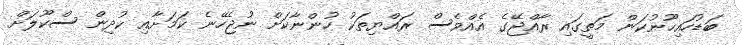
ބަޑުހައިހޫނުކަން މަތީގައި ރާއްޖޭގެ އެއްވެސް ރައްޔިތަކު ހުންނާކަށް ނުޖެހޭނެ ކަމަށާއި ކުދިން ސްކޫލަށް